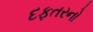
દફતરનો